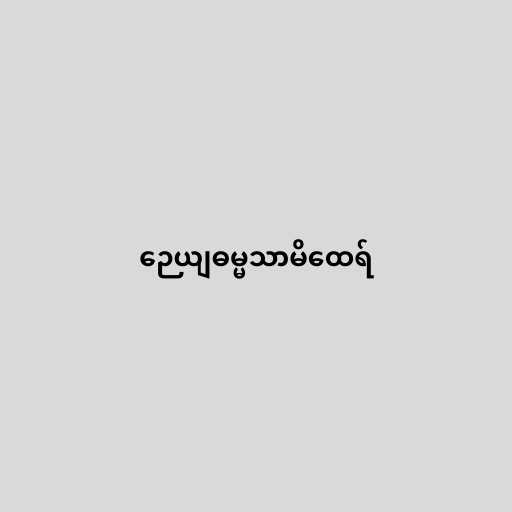
ဉေယျဓမ္မသာမိထေရ်